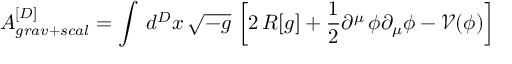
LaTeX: A _ { g r a v + s c a l } ^ { [ D ] } = \int \, d ^ { D } x \, \sqrt { - g } \, \left[ 2 \, R [ g ] + \frac { 1 } { 2 } \partial ^ { \mu } \, \phi \partial _ { \mu } \phi - \mathcal { V } ( \phi ) \right]